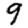
Digit: 9